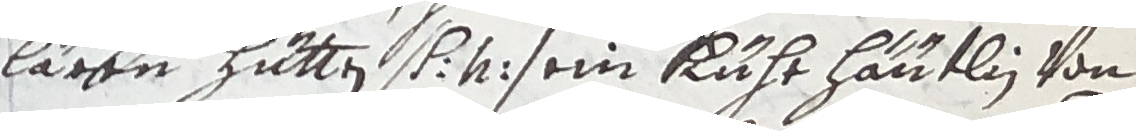
lären hutten s n sein kuhr haütlin von